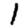
Digit: 1